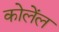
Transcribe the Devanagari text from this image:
कोलेंल